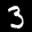
Label: 3